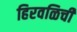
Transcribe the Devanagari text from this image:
हिरवळिची